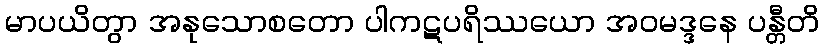
မာပယိတွာ အနုသောစတော ပါကဋပရိဿယော အဝမဒ္ဒနေ ပန္တီတိ